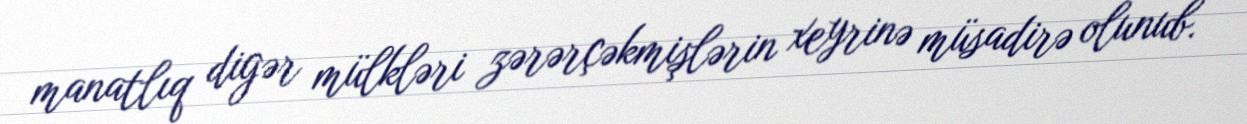
manatlıq digər mülkləri zərərçəkmişlərin xeyrinə müsadirə olunub.